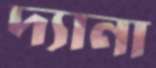
দ্যানা